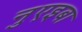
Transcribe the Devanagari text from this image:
नुएइबा